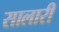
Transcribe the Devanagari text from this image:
सालारी